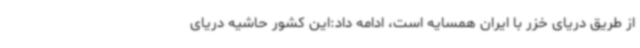
از طریق دریای خزر با ایران همسایه است، ادامه داد:این کشور حاشیه دریای